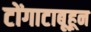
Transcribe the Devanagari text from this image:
टोंगाटाबूहून